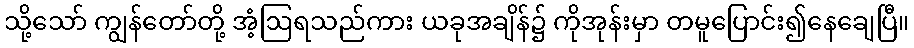
သို့သော် ကျွန်တော်တို့ အံ့ဩရသည်ကား ယခုအချိန်၌ ကိုအုန်းမှာ တမူပြောင်း၍နေချေပြီ။